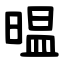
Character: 㬈